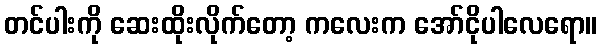
တင်ပါးကို ဆေးထိုးလိုက်တော့ ကလေးက အော်ငိုပါလေရော။